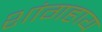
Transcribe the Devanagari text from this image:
शांगहाय